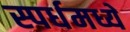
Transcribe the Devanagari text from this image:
स्पर्धमध्ये